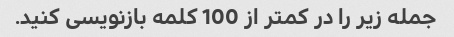
جمله زیر را در کمتر از 100 کلمه بازنویسی کنید.